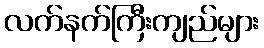
လက်နက်ကြီးကျည်များ